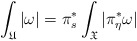
\begin{align*}\int_{\mathfrak U}|\omega|= \pi^*_s\int_{\mathfrak X}|\pi_{\eta}^*\omega| \end{align*}